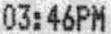
03:46PM